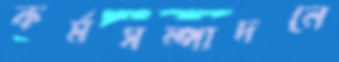
কর্মসম্পাদনে